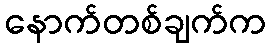
နောက်တစ်ချက်က